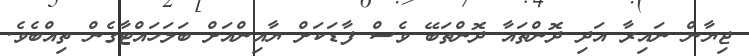
ޖިޔާން ނައިރާ އަދި ދޮންތައާ ދޮންތަބޭ ވެސް ފާޑަކަށް ޔާއިންއަށް ބަލަހައްޓާގެން ތިއްބެވެ.